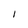
Character: 1